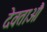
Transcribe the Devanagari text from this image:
देवताऔं